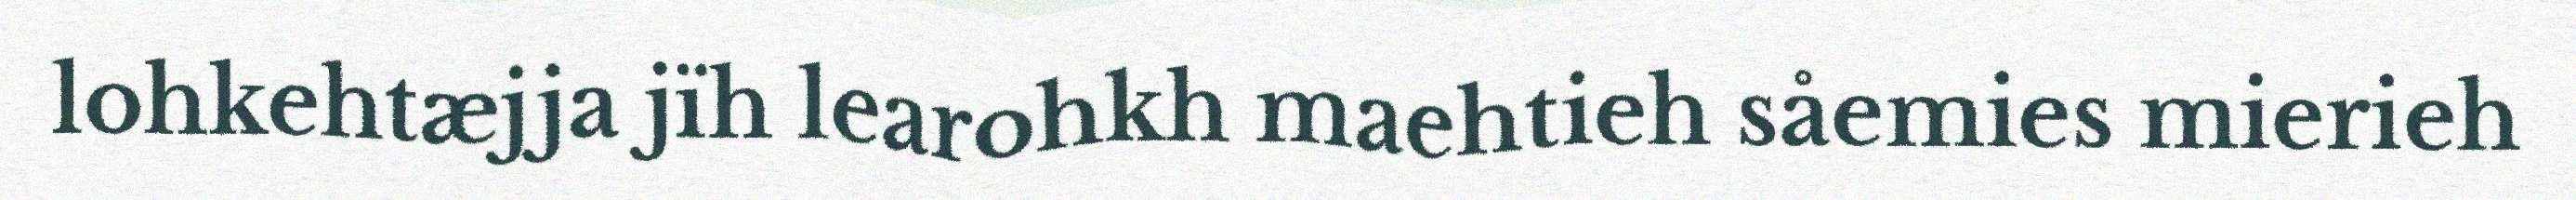
lohkehtæjja jïh learohkh maehtieh såemies mierieh